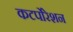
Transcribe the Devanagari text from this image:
कटर्पोरेशन